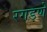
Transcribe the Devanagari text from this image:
रगडणे